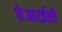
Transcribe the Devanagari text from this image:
केआरईसी